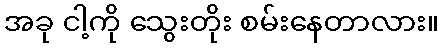
အခု ငါ့ကို သွေးတိုး စမ်းနေတာလား။